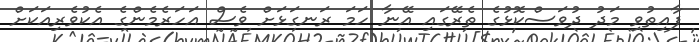
ފާއިތުވި މަދު ދުވަސްކޮޅުގެ ތެރޭގައި އޭނާ ހަމަ ރަނގަޅަށް ވެސް އަހަރެމެންގެ އެކުވެރިއަކަށް